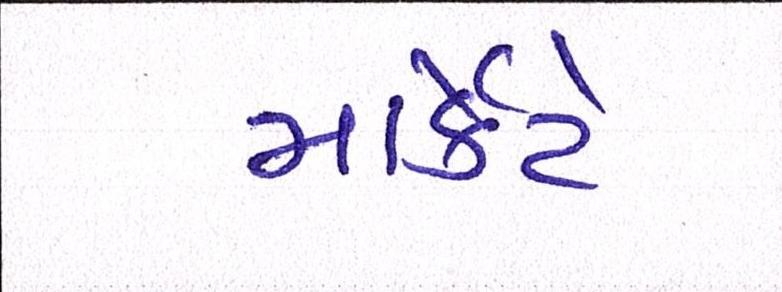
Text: માર્કેટે